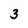
Character: 3